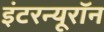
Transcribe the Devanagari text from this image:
इंटरन्यूरॉन